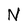
Character: N